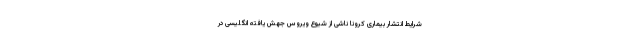
شرایط انتشار بیماری کرونا ناشی از شیوع ویروس جهش یافته انگلیسی در